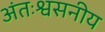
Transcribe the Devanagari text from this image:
अंतःश्वसनीय